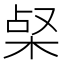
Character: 梷